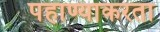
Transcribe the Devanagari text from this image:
पहाण्याकरता